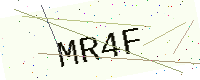
Text: MR4F